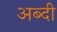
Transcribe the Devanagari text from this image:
अब्दी